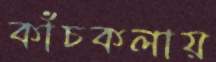
কাঁচকলায়